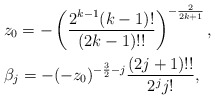
\begin{align*}&z_0 = - \left(\frac{2^{k-1}(k-1)!}{(2k-1)!!}\right)^{-\frac{2}{2k+1}}, \\&\beta_{j} = -(-z_0)^{-\frac{3}{2}-j}\frac{(2j+1)!!}{2^{j} j!},\end{align*}